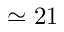
\simeq 2 1